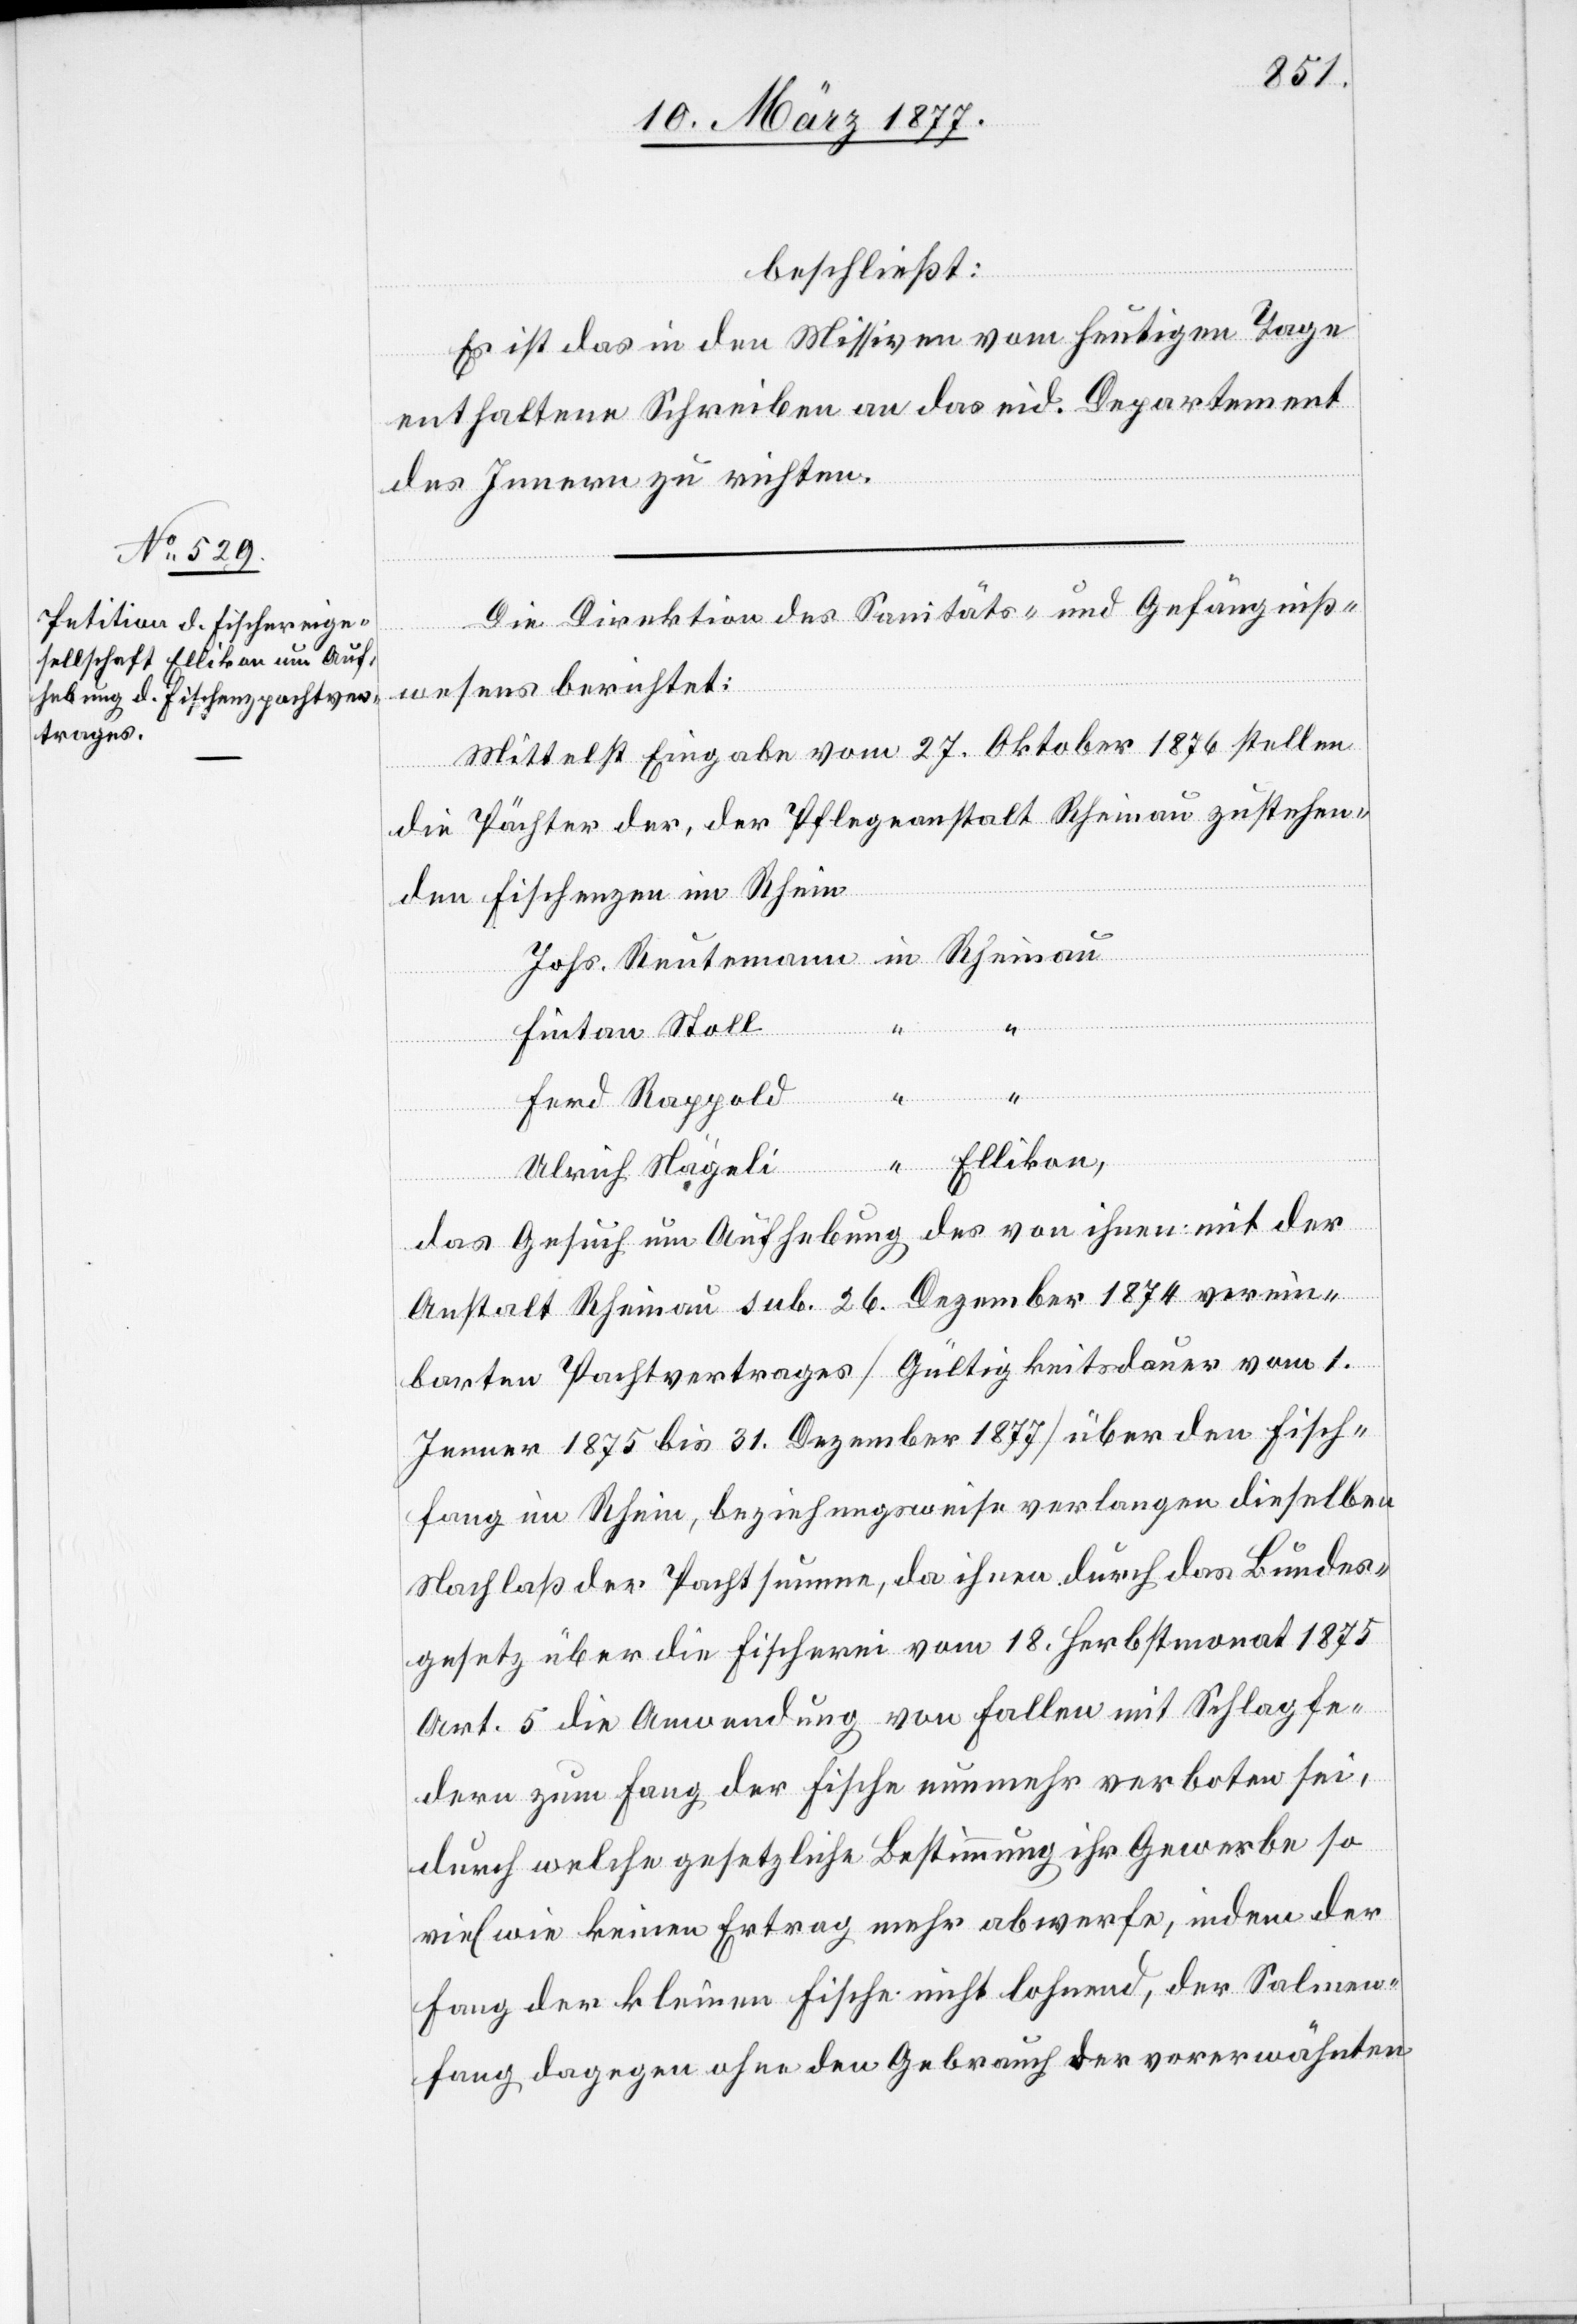
beschließt:
Es ist das in den Missiven vom heutigen Tage
enthaltene Schreiben an das eid. Departement
des Innern zu richten.